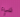
شيء